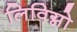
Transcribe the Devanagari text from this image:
लिविग्नो